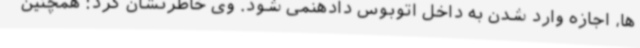
ها، اجازه وارد شدن به داخل اتوبوس دادهنمی شود. وی خاطرنشان کرد: همچنین